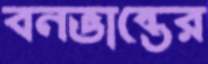
বনভান্তের